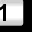
Digit: 1